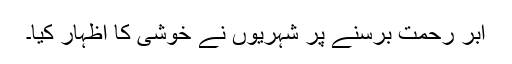
ابر رحمت برسنے پر شہریوں نے خوشی کا اظہار کیا۔